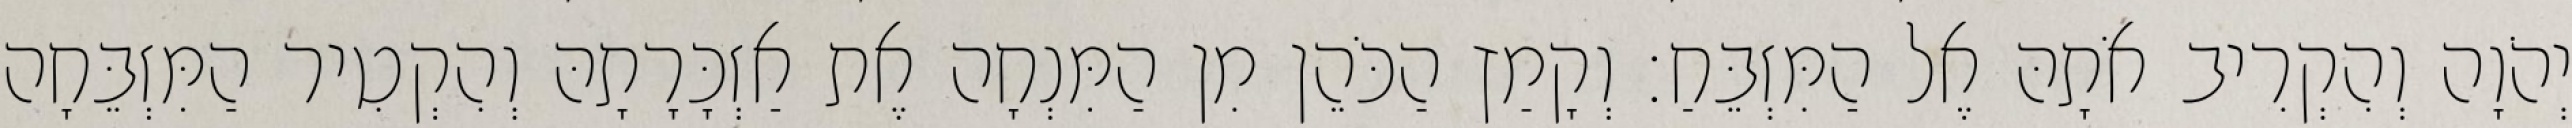
יְהֹוָה וְהִקְרִיב אֹתָהּ אֶל הַמִּזְבֵּחַ׃ וְקָמַץ הַכֹּהֵן מִן הַמִּנְחָה אֶת אַזְכָּרָתָהּ וְהִקְטִיר הַמִּזְבֵּחָה